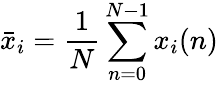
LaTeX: \bar{x}_{i}=\frac 1N\sum_{n=0}^{N-1}x_{i}(n)